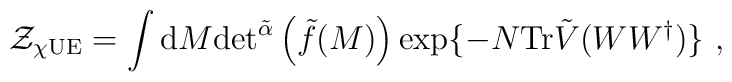
\mathcal{Z}_{\chi{\rm UE}} = \int {\rm d}M {\rm det}^{\tilde{\alpha}}\left( \tilde{f}(M) \right)\exp\{-N{\rm Tr}\tilde{V}(WW^\dagger)\} \ ,